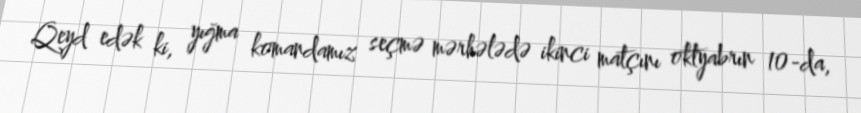
Qeyd edək ki, yığma komandamız seçmə mərhələdə ikinci matçını oktyabrın 10-da,